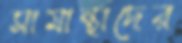
সামান্থাদের